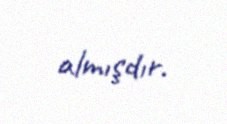
almışdır.